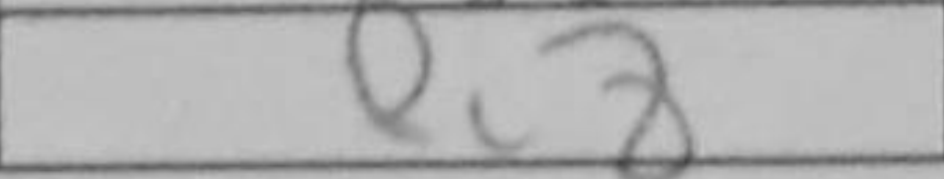
Transcription: Rc8